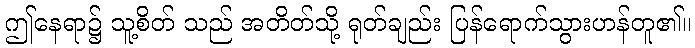
ဤနေရာ၌ သူ့စိတ် သည် အတိတ်သို့ ရုတ်ချည်း ပြန်ရောက်သွားဟန်တူ၏။